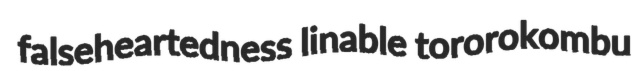
falseheartedness linable tororokombu